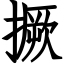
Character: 撅